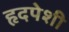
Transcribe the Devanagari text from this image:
हृदपेशी